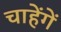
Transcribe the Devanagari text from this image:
चाहेंगें